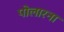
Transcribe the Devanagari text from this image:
पोलारना